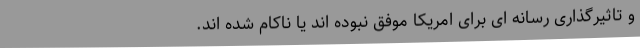
و تاثیرگذاری رسانه ای برای امریکا موفق نبوده اند یا ناکام شده اند.